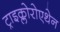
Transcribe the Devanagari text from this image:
ट्राइक्लोरोएथेन